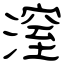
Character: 潌